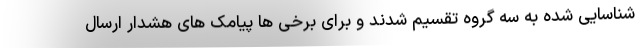
شناسایی شده به سه گروه تقسیم شدند و برای برخی ها پیامک های هشدار ارسال